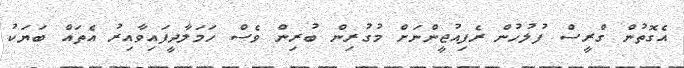
އެގޮތުން ގްރީސް ފުލުހުން ރެފިއުޖީންނަށް މުގުރިން ބުރިން ވެސް ހަމަލާދީފައިވާއިރު އެތައް ބަޔަކު